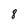
Character: 8